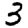
Digit: 3